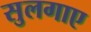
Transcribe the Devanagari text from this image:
सुलगाए